Problem: 15 + 22 = ?
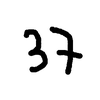
Handwritten answer: 37